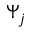
\Psi _ { j }